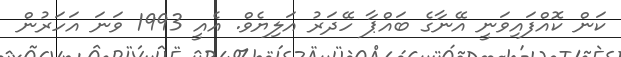
ކަން ކޮއްފައިވަނީ އޭނާގެ ބައްޕާ ހޭދަރު އަލިޔެވް. އެއީ 1993 ވަނަ އަހަރުން